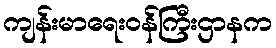
ကျန်းမာရေးဝန်ကြီးဌာနက